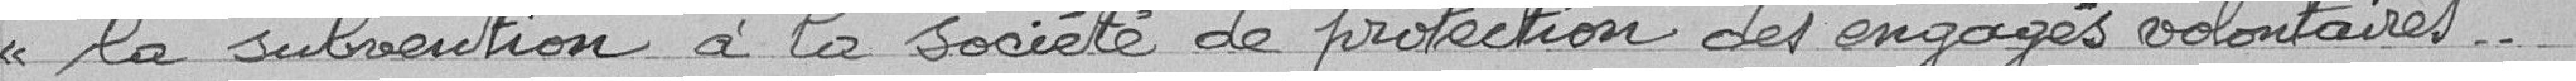
la subvention à la société de protection des engagés volontaires